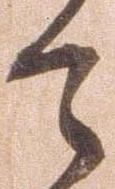
令